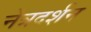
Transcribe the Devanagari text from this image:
नेत्रदर्शन